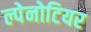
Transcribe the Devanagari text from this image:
ल्पेनोटियर